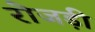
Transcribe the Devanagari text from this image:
रोजड़ी